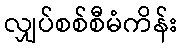
လျှပ်စစ်စီမံကိန်း